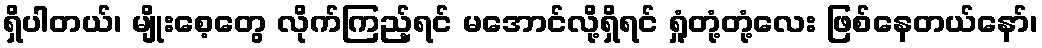
ရှိပါတယ်၊ မျိုးစေ့တွေ လိုက်ကြည့်ရင် မအောင်လို့ရှိရင် ရှုံ့တုံ့တုံ့လေး ဖြစ်နေတယ်နော်၊